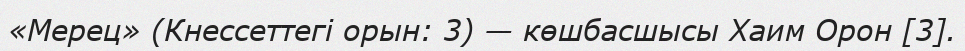
«Мерец» (Кнессеттегі орын: 3) — көшбасшысы Хаим Орон [3].